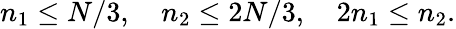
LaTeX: n_{1}\le N/3,\quad n_{2}\le 2N/3,\quad 2n_{1}\le n_{2}.